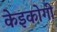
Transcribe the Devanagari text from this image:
केइकोगी